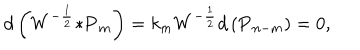
LaTeX: d \left( W ^ { - \frac { 1 } { 2 } } { \ast { \bf P } _ { m } } \right) = k _ { m } W ^ { - \frac { 1 } { 2 } } d \left( { \bf P } _ { n - m } \right) = 0 ,